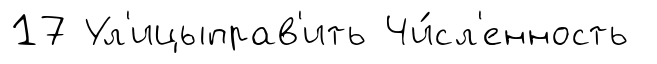
17 Ул'ицыправ'ить Чи́сл'енность